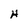
Character: H